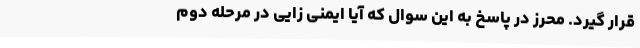
قرار گیرد. محرز در پاسخ به این سوال که آیا ایمنی زایی در مرحله دوم